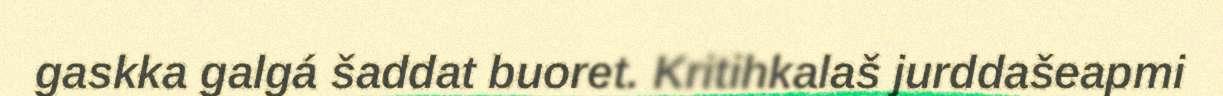
gaskka galgá šaddat buoret. Kritihkalaš jurddašeapmi